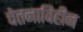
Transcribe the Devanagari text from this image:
चेतनाविहीन